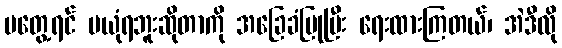
မတွေ့ရင် မယုံရဘူးဆိုတာကို အခြေခံပြုပြီး ရေးထားကြတယ်၊ အဲဒီလို